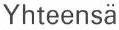
Yhteensä